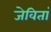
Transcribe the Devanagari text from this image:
जेवितां